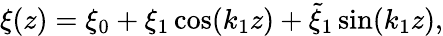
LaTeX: \xi(z)=\xi_{0}+\xi_{1}\cos(k_{1}z)+\tilde{\xi}_{1}\sin(k_{1}z),